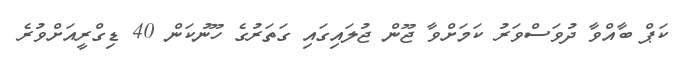
ކަޕް ބާއްވާ ދުވަސްވަރު ކަމަށްވާ ޖޫން ޖުލައިގައި ގަތަރުގެ ހޫނުކަން 40 ޑިގްރީއަށްވުރެ